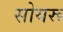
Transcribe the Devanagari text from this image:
सोयरू